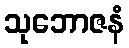
သုဘောဇနံ